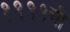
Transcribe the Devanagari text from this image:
१९९९ची